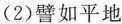
(2)譬如平地